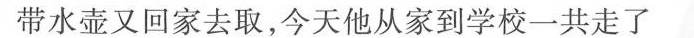
带水壶又回家去取，今天他从家到学校一共走了